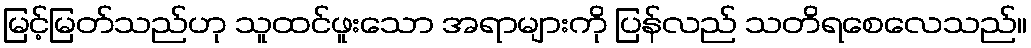
မြင့်မြတ်သည်ဟု သူထင်ဖူးသော အရာများကို ပြန်လည် သတိရစေလေသည်။